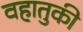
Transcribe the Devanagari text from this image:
वहातुकी